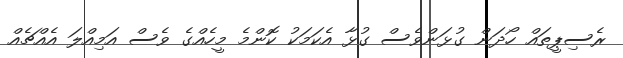
ރެސިޕީތައް ހޯދަން ގުޅަންވެސް ގުޅާ އެކަމަކު ކޮންމެ މީހެއްގެ ވެސް އަމިއްލަ އެއްޗެއް